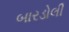
બારડોલી